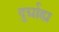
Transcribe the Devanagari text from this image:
दुर्ग्राह्य